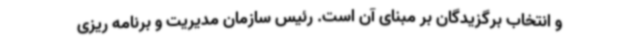
و انتخاب برگزیدگان بر مبنای آن است. رئیس سازمان مدیریت و برنامه ریزی